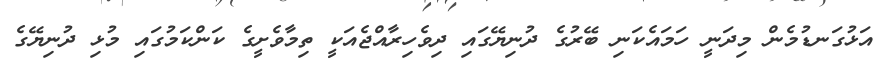
އަޅުގަނޑުމެން މިދަނީ ހަމައެކަނި ބޭރުގެ ދުނިޔޭގައި ދިވެހިރާއްޖެއަކީ ތިމާވެށީގެ ކަންކަމުގައި މުޅި ދުނިޔޭގެ